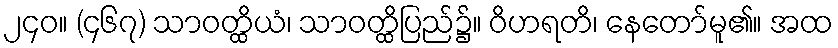
၂၄၀။ (၄၆၇) သာဝတ္ထိယံ၊ သာဝတ္ထိပြည်၌။ ဝိဟရတိ၊ နေတော်မူ၏။ အထ